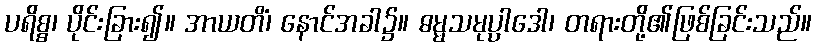
ပရိစ္စ၊ ပိုင်းခြား၍။ အာယတိံ၊ နောင်အခါ၌။ ဓမ္မသမုပ္ပါဒေါ၊ တရားတို့၏ဖြစ်ခြင်းသည်။